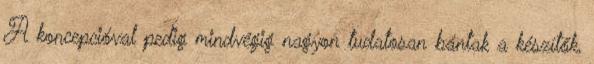
A koncepcióval pedig mindvégig nagyon tudatosan bántak a készítők,